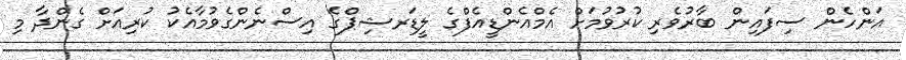
އަންހެން ސިފައިން ބާރުވެރި ކުރުވުމަށް އެމްއެންޑީއެފްގެ ލީޑަރޝިޕްގެ އިސްނެންގެވުމާއެކު ކުރިއަށް ގެންދާ މި